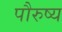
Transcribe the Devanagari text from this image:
पौरुष्य